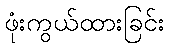
ဖုံးကွယ်ထားခြင်း